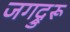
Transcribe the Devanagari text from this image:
जगद्रुरू